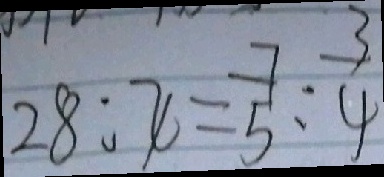
2 8 : x = \frac { 7 } { 5 } : \frac { 3 } { 4 }